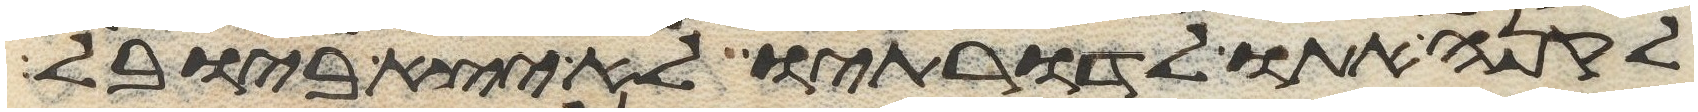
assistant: לקנה אתו לדרתיו לא יצא ביובל